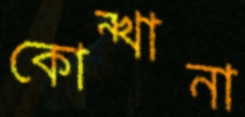
কোন্‌খানা